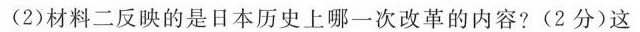
(2)材料二反映的是日本历史上哪一次改革的内容?(2分)这